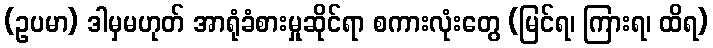
(ဥပမာ) ဒါမှမဟုတ် အာရုံခံစားမှုဆိုင်ရာ စကားလုံးတွေ (မြင်ရ၊ ကြားရ၊ ထိရ)